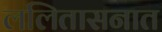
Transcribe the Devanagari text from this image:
ललितासनात